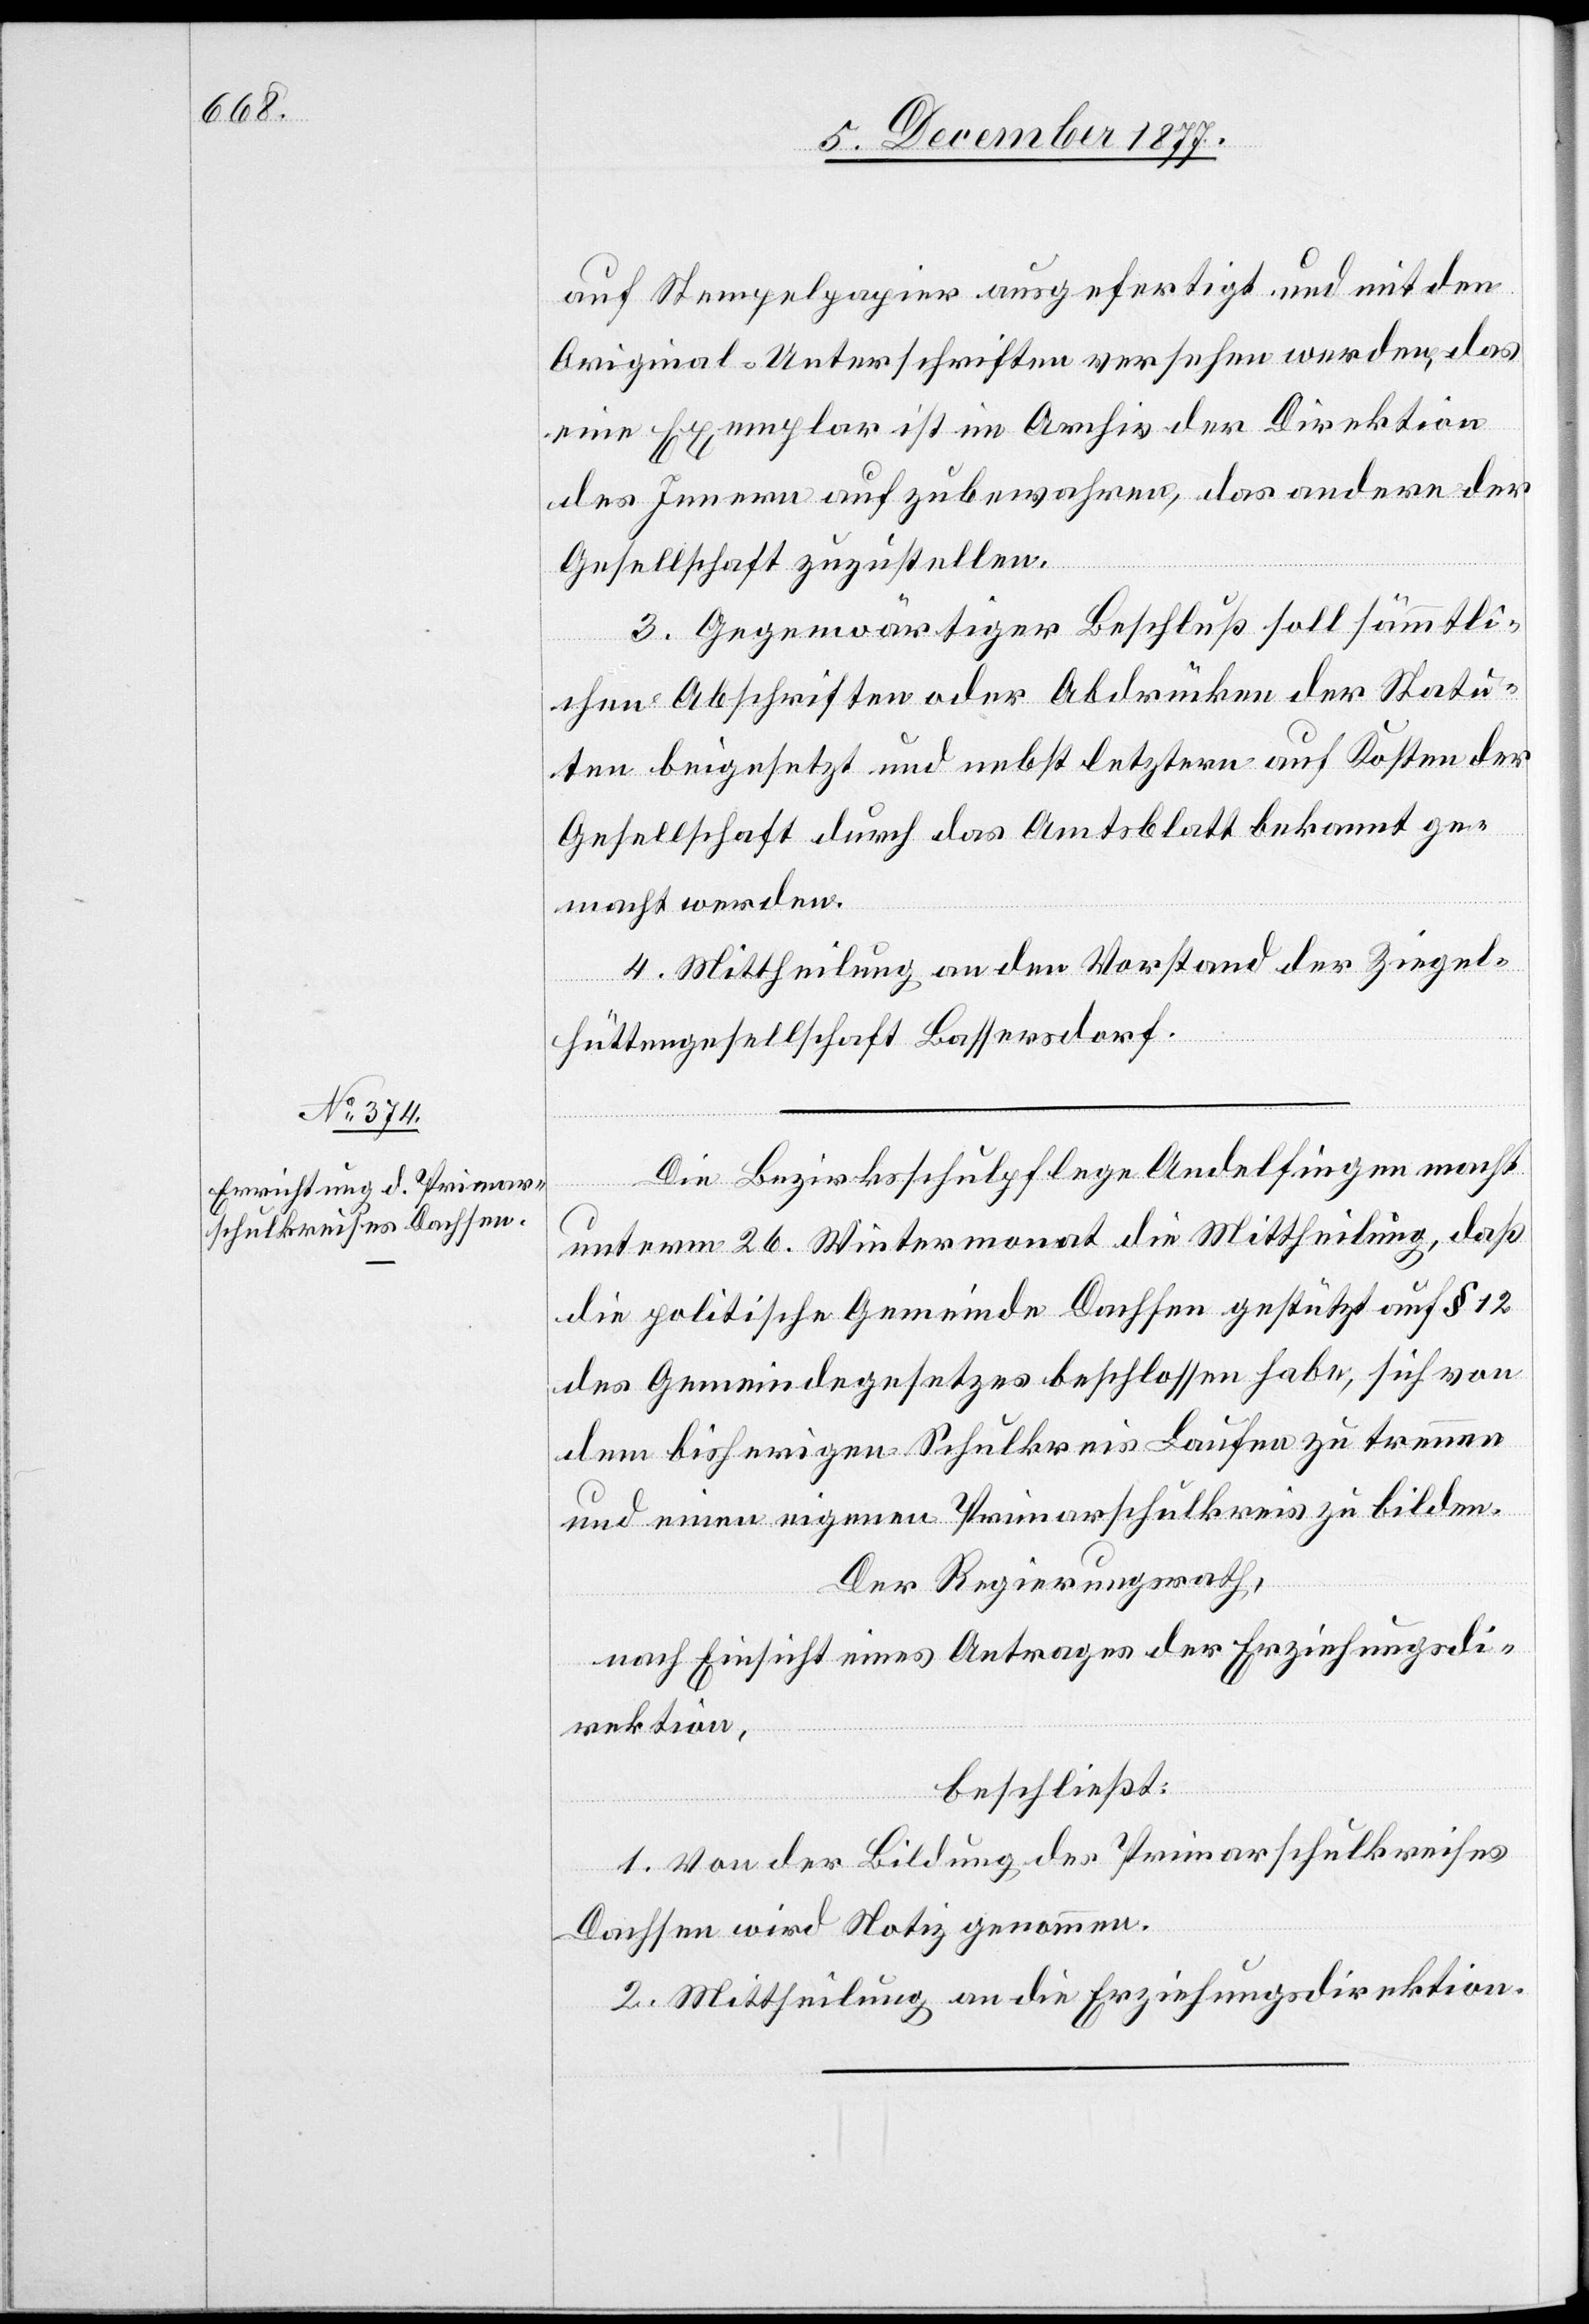
auf Stempelpapier ausgefertigt und mit den
Original-Unterschriften versehen werden, das
eine Exemplar ist im Archiv der Direktion
des Innern aufzubewahren, das andere der
Gesellschaft zuzustellen.
3. Gegenwärtiger Beschluß soll sämmtli¬
chen Abschriften oder Abdrücken der Statu¬
ten beigesetzt und nebst letztern auf Kosten der
Gesellschaft durch das Amtsblatt bekannt ge¬
macht werden.
4. Mittheilung an den Vorstand der Ziegel¬
hüttengesellschaft Bassersdorf.
Die Bezirksschulpflege Andelfingen macht
unterm 26. Wintermonat die Mittheilung, daß
die politische Gemeinde Dachsen gestützt auf § 12
des Gemeindegesetzes beschlossen habe, sich von
dem bisherigen Schulkreis Laufen zu trennen
und einen eigenen Primarschulkreis zu bilden.
Der Regierungsrath,
nach Einsicht eines Antrages der Erziehungsdi¬
rektion,
beschließt:
1. Von der Bildung des Primarschulkreises
Dachsen wird Notiz genommen.
2. Mittheilung an die Erziehungsdirektion.